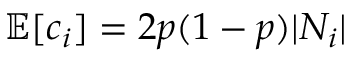
\mathbb { E } [ c _ { i } ] = 2 p ( 1 - p ) | N _ { i } |